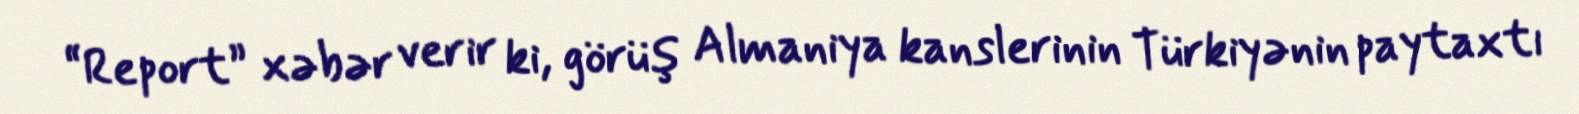
“Report” xəbər verir ki, görüş Almaniya kanslerinin Türkiyənin paytaxtı